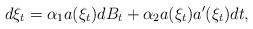
LaTeX: \begin{align*} d\xi_t = \alpha _1 a(\xi_t ) dB_t + \alpha _2 a(\xi_t)a'(\xi_t)dt,\end{align*}